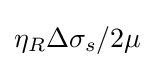
\eta _{R}\Delta \sigma _{s}/2\mu